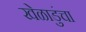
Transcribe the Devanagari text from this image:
खेळाडुंचा